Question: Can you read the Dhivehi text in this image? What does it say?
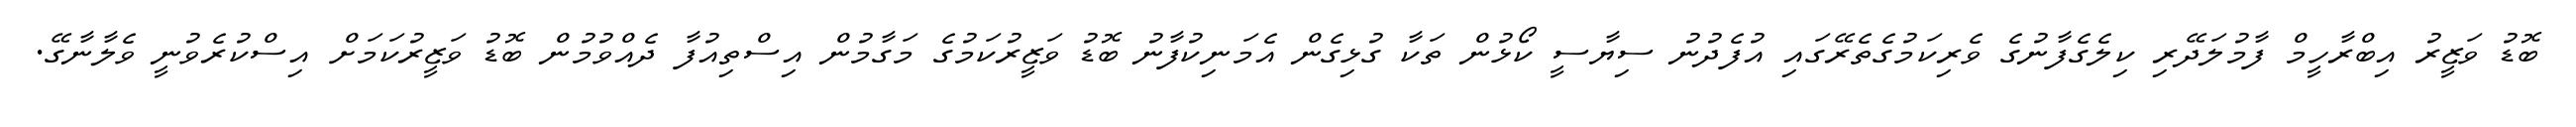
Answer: ބޮޑު ވަޒީރު އިބްރާހީމް ފާމުލަދޭރި ކިލެގެފާނުގެ ވެރިކަމުގެތެރޭގައި އުފެދުނު ސިޔާސީ ކޯޅުން ތަކާ ގުޅިގެން އެމަނިކުފާނު ބޮޑު ވަޒީރުކަމުގެ މަގާމުން އިސްތިއުފާ ދެއްވުމުން ބޮޑު ވަޒީރުކަމަށް އިސްކުރެވުނީ ވެލާނާގޭ.